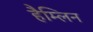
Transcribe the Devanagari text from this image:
हैम्लिन